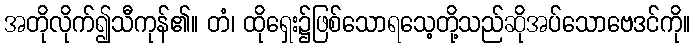
အတိုလိုက်၍သီကုန်၏။ တံ၊ ထိုရှေး၌ဖြစ်သောရသေ့တို့သည်ဆိုအပ်သောဗေဒင်ကို။